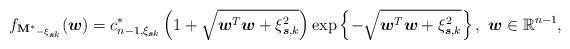
LaTeX: \begin{align*}f_{\mathbf{M^{\ast}}_{-\xi_{\boldsymbol{s}k}}}(\boldsymbol{w})=c_{n-1,\xi_{\boldsymbol{s}k}}^{\ast}\left(1+\sqrt{\boldsymbol{w}^{T}\boldsymbol{w}+\xi_{\boldsymbol{s},k}^{2}}\right)\exp\left\{-\sqrt{\boldsymbol{w}^{T}\boldsymbol{w}+\xi_{\boldsymbol{s},k}^{2}}\right\},~\boldsymbol{w}\in \mathbb{R}^{n-1},\end{align*}